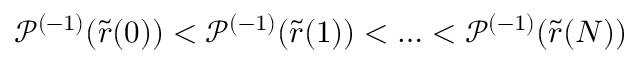
\mathcal { P } ^ { ( - 1 ) } ( \tilde { r } ( 0 ) ) < \mathcal { P } ^ { ( - 1 ) } ( \tilde { r } ( 1 ) ) < \ldots < \mathcal { P } ^ { ( - 1 ) } ( \tilde { r } ( N ) )